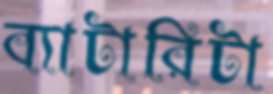
ব্যাটারিটা